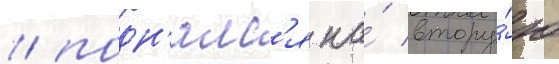
/ подн'ялс'я на́ втору́ю